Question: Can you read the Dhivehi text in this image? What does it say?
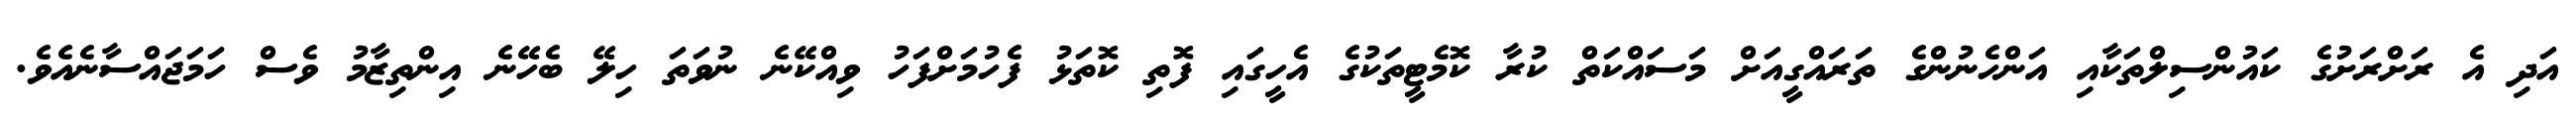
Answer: އަދި އެ ރަށްރަށުގެ ކައުންސިލްތަކާއި އަންހެނުންގެ ތަރައްގީއަށް މަސައްކަތް ކުރާ ކޮމެޓީތަކުގެ އެހީގައި ފޮތި ކޮތަޅު ފެހުމަށްފަހު ވިއްކޭނެ ނުވަތަ ހިލޭ ބެހޭނެ އިންތިޒާމު ވެސް ހަމަޖައްސާނެއެވެ.